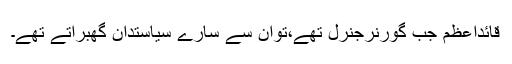
قائداعظم جب گورنرجنرل تھے،توان سے سارے سیاستدان گھبراتے تھے۔